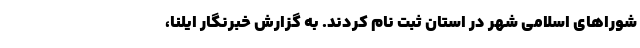
شوراهای اسلامی شهر در استان ثبت نام کردند. به گزارش خبرنگار ایلنا،